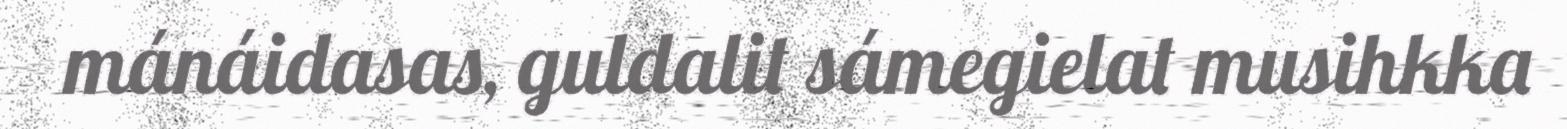
mánáidasas, guldalit sámegielat musihkka